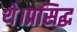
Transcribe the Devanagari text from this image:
थे।प्रसिद्ध